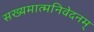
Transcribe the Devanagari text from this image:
सख्यमात्मनिवेदनम्